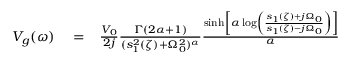
\begin{array} { r l r } { V _ { g } ( \omega ) } & { { } = } & { \frac { V _ { 0 } } { 2 j } \frac { \Gamma ( 2 \alpha + 1 ) } { ( s _ { 1 } ^ { 2 } ( \zeta ) + \Omega _ { 0 } ^ { 2 } ) ^ { \alpha } } \frac { \sinh \left[ \alpha \log \left( \frac { s _ { 1 } ( \zeta ) + j \Omega _ { 0 } } { s _ { 1 } ( \zeta ) - j \Omega _ { 0 } } \right) \right] } { \alpha } \ \ \ } \end{array}